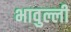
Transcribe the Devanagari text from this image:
भावुल्ली